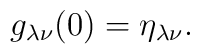
g_{\lambda\nu}(0)=\eta_{\lambda\nu}.